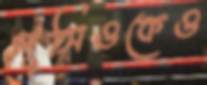
লুসিওকেও